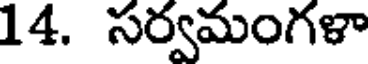
14. సర్వమంగళా